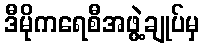
ဒီမိုကရေစီအဖွဲ့ချုပ်မှ